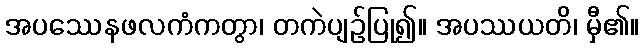
အပဿေနဖလကံကတွာ၊ တကဲပျဉ်ပြု၍။ အပဿယတိ၊ မှီ၏။